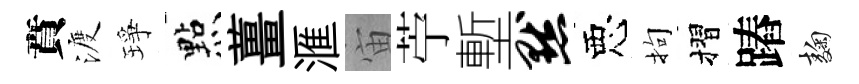
賁渡琤㸃薑滙宙苧塹默惡拘摺蹖麹